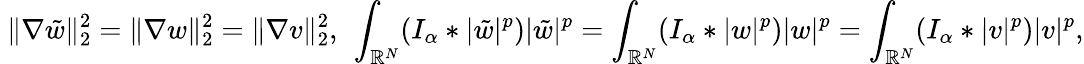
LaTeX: \ \| \nabla\tilde{w}\| _{2}^{2}=\| \nabla w\| _{2}^{2}=\| \nabla v\| _{2}^{2},\ \int_{\mathbb R^{N}}(I_{\alpha}\ast|\tilde{w}|^{p})|\tilde{w}|^{p}=\int_{\mathbb R^{N}}(I_{\alpha}\ast|w|^{p})|w|^{p}=\int_{\mathbb R^{N}}(I_{\alpha}\ast|v|^{p})|v|^{p},